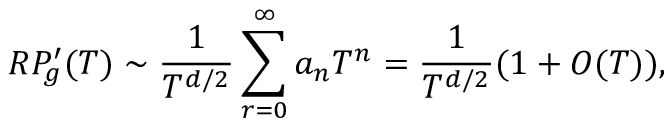
R P _ { g } ^ { \prime } ( T ) \sim \frac { 1 } { T ^ { d / 2 } } \sum _ { r = 0 } ^ { \infty } a _ { n } T ^ { n } = \frac { 1 } { T ^ { d / 2 } } ( 1 + O ( T ) ) ,